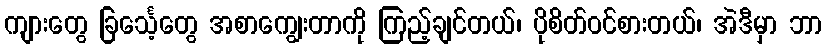
ကျားတွေ ခြင်္သေ့တွေ အစာကျွေးတာကို ကြည့်ချင်တယ်၊ ပိုစိတ်ဝင်စားတယ်၊ အဲဒီမှာ ဘာ